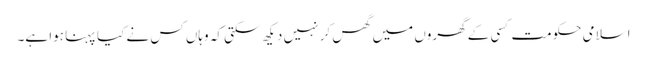
اسلامی حکومت کسی کے گھروں میں گھس کر نہیں دیکھ سکتی کہ وہاں کس نے کیا پہنا ہوا ہے۔